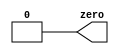
module top_module(
    output zero
);// Module body starts after semicolon
//Left this blank since not assigning a value will lead to 0, in simulation
  assign zero = 1'b0;
endmodule